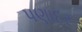
પણાદર